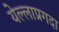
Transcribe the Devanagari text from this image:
येल्लाप्रगदा